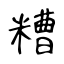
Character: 糟